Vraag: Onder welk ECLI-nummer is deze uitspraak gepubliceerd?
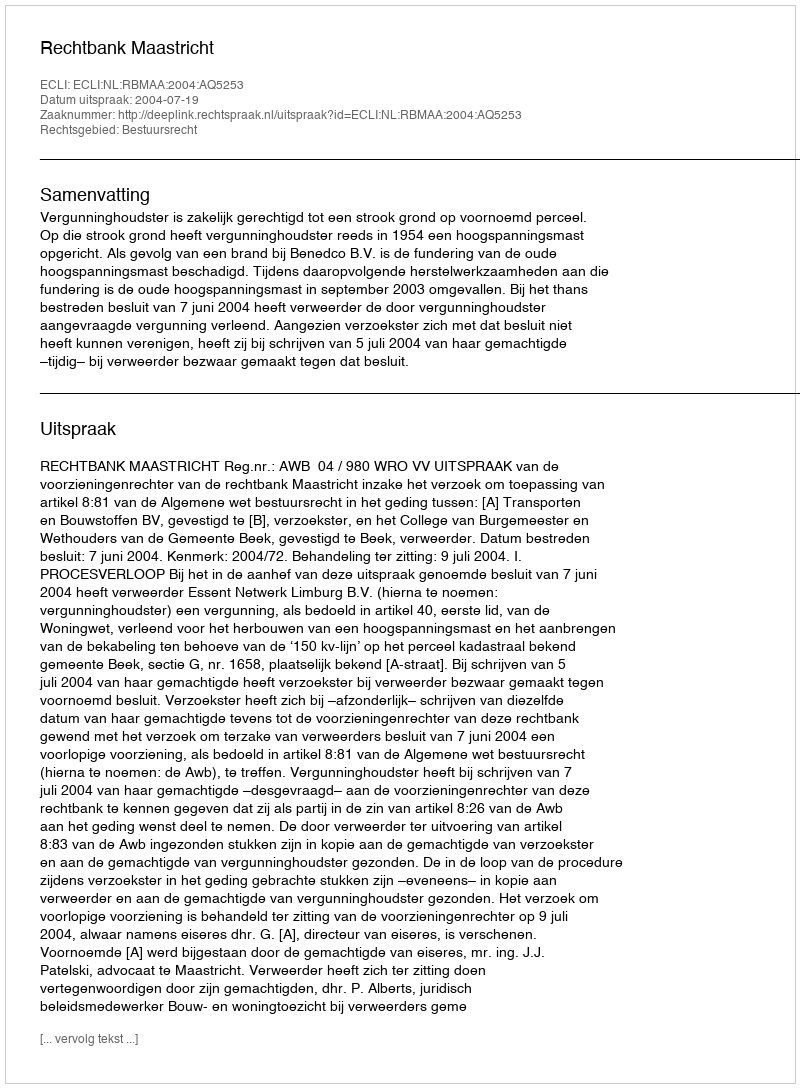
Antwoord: ECLI:NL:RBMAA:2004:AQ5253